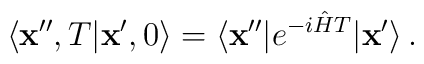
\langle {\bf x}'',T\vert {\bf x}',0\rangle=\langle {\bf x}''\vert e^{-i{\hat H}T}\vert {\bf x}'\rangle\,.